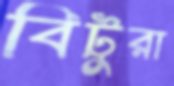
বিটুরা